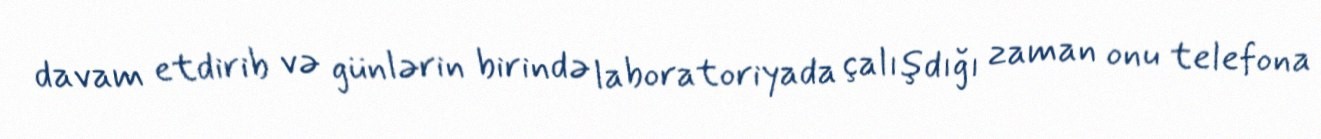
davam etdirib və günlərin birində laboratoriyada çalışdığı zaman onu telefona